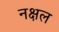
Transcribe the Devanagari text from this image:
नक्षल